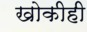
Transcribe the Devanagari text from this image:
खोकीही